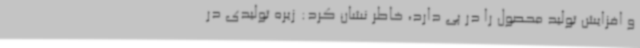
و افزایش تولید محصول را در پی دارد، خاطر نشان کرد: زیره تولیدی در